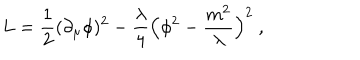
L = { \frac { 1 } { 2 } } ( \partial _ { \mu } \phi ) ^ { 2 } - { \frac { \lambda } { 4 } } \Bigl ( \phi ^ { 2 } - { \frac { m ^ { 2 } } { \lambda } } \Bigr ) ^ { 2 } \ ,